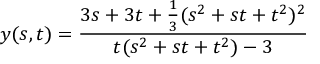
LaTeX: y ( s , t ) = { \frac { 3 s + 3 t + { \frac { 1 } { 3 } } ( s ^ { 2 } + s t + t ^ { 2 } ) ^ { 2 } } { t ( s ^ { 2 } + s t + t ^ { 2 } ) - 3 } }